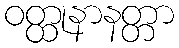
ဝတ္ထုနာနတ္တာ